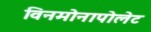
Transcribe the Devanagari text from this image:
विनमोनापोलेट